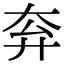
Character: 𡗹